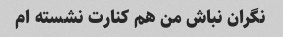
نگران نباش من هم کنارت نشسته ام